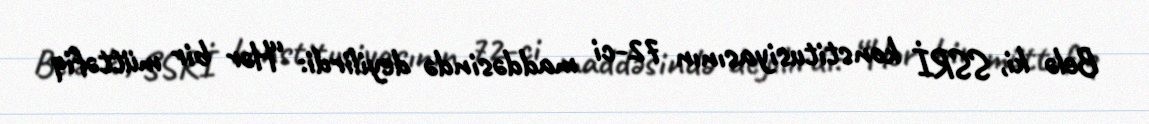
Belə ki, SSRİ konstitusiyasının 72-ci maddəsində deyilirdi: “Hər bir müttəfiq